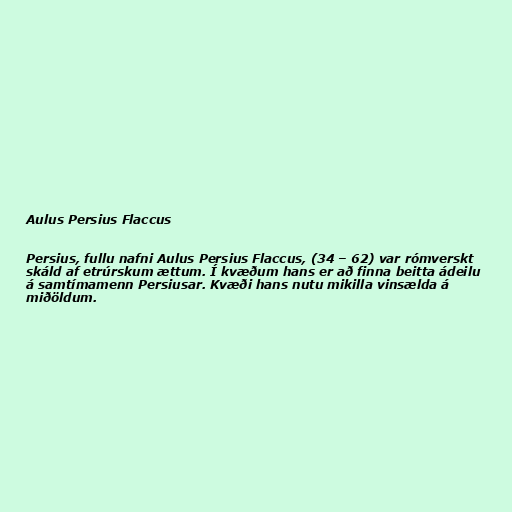
Aulus Persius Flaccus

Persius, fullu nafni Aulus Persius Flaccus, (34 – 62) var rómverskt
skáld af etrúrskum ættum. Í kvæðum hans er að finna beitta ádeilu
á samtímamenn Persiusar. Kvæði hans nutu mikilla vinsælda á
miðöldum.